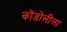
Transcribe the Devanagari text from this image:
कोंडोलीला